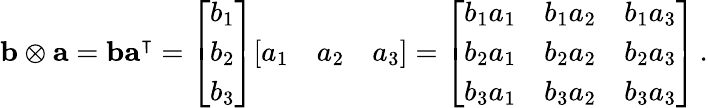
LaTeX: \mathbf{b}\otimes\mathbf{a}=\mathbf{b}\mathbf{a}^{\intercal}={\left[\begin{array}{l}{b_{1}}\\ {b_{2}}\\ {b_{3}}\end{array}\right]}{\left[\begin{array}{lll}{a_{1}}&{a_{2}}&{a_{3}}\end{array}\right]}={\left[\begin{array}{lll}{b_{1}a_{1}}&{b_{1}a_{2}}&{b_{1}a_{3}}\\ {b_{2}a_{1}}&{b_{2}a_{2}}&{b_{2}a_{3}}\\ {b_{3}a_{1}}&{b_{3}a_{2}}&{b_{3}a_{3}}\end{array}\right]}\, .